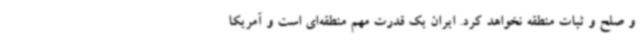
و صلح و ثبات منطقه نخواهد کرد. ایران یک قدرت مهم منطقه‌ای است و آمریکا